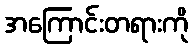
အကြောင်းတရားကို